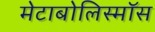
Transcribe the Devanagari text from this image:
मेटाबोलिस्मॉस